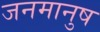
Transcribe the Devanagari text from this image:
जनमानुष